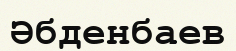
Әбденбаев